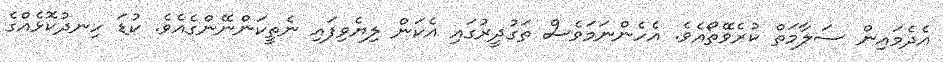
އެދެމައިން ސަލާމަތް ކުރެވޭތޯއެވެ. އެހެންނަމަވެސް ތަގުދީރުގައި އެކަން ލިޔެވިފައި ނެތީކަންނޭންގެއެވެ. ކުޑަ ހިނދުކޮޅެއްގެ